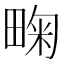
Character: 㽤